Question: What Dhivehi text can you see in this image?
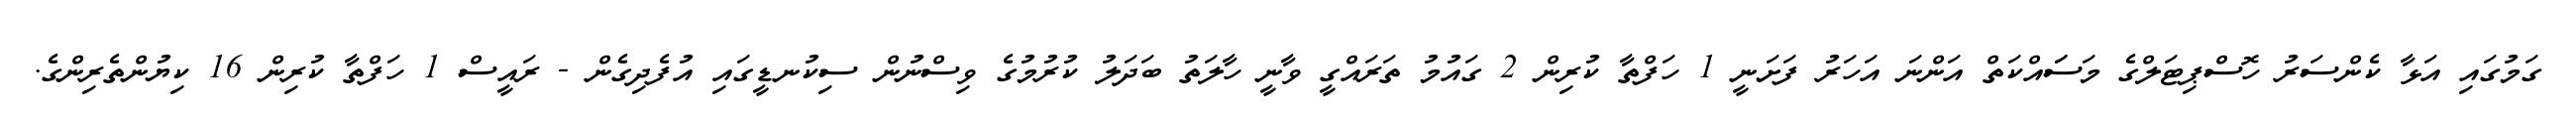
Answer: ގަމުގައި އަޅާ ކެންސަރު ހޮސްޕިޓަލްގެ މަސަައްކަތް އަންނަ އަހަރު ފަށަނީ 1 ހަފްތާ ކުރިން 2 ގައުމު ތަރައްގީ ވާނީ ހާލަތު ބަދަލު ކުރުމުގެ ވިސްނުން ސިކުނޑީގައި އުފެދިގެން - ރައީސް 1 ހަފްތާ ކުރިން 16 ކިޔުންތެރިންގެ.